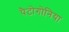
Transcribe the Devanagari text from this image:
पैटोगोनिया